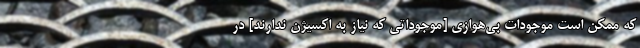
که ممکن است موجودات بی‌هوازی [موجوداتی که نیاز به اکسیژن ندارند] در